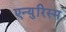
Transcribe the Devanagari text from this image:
एन्युरिस्म